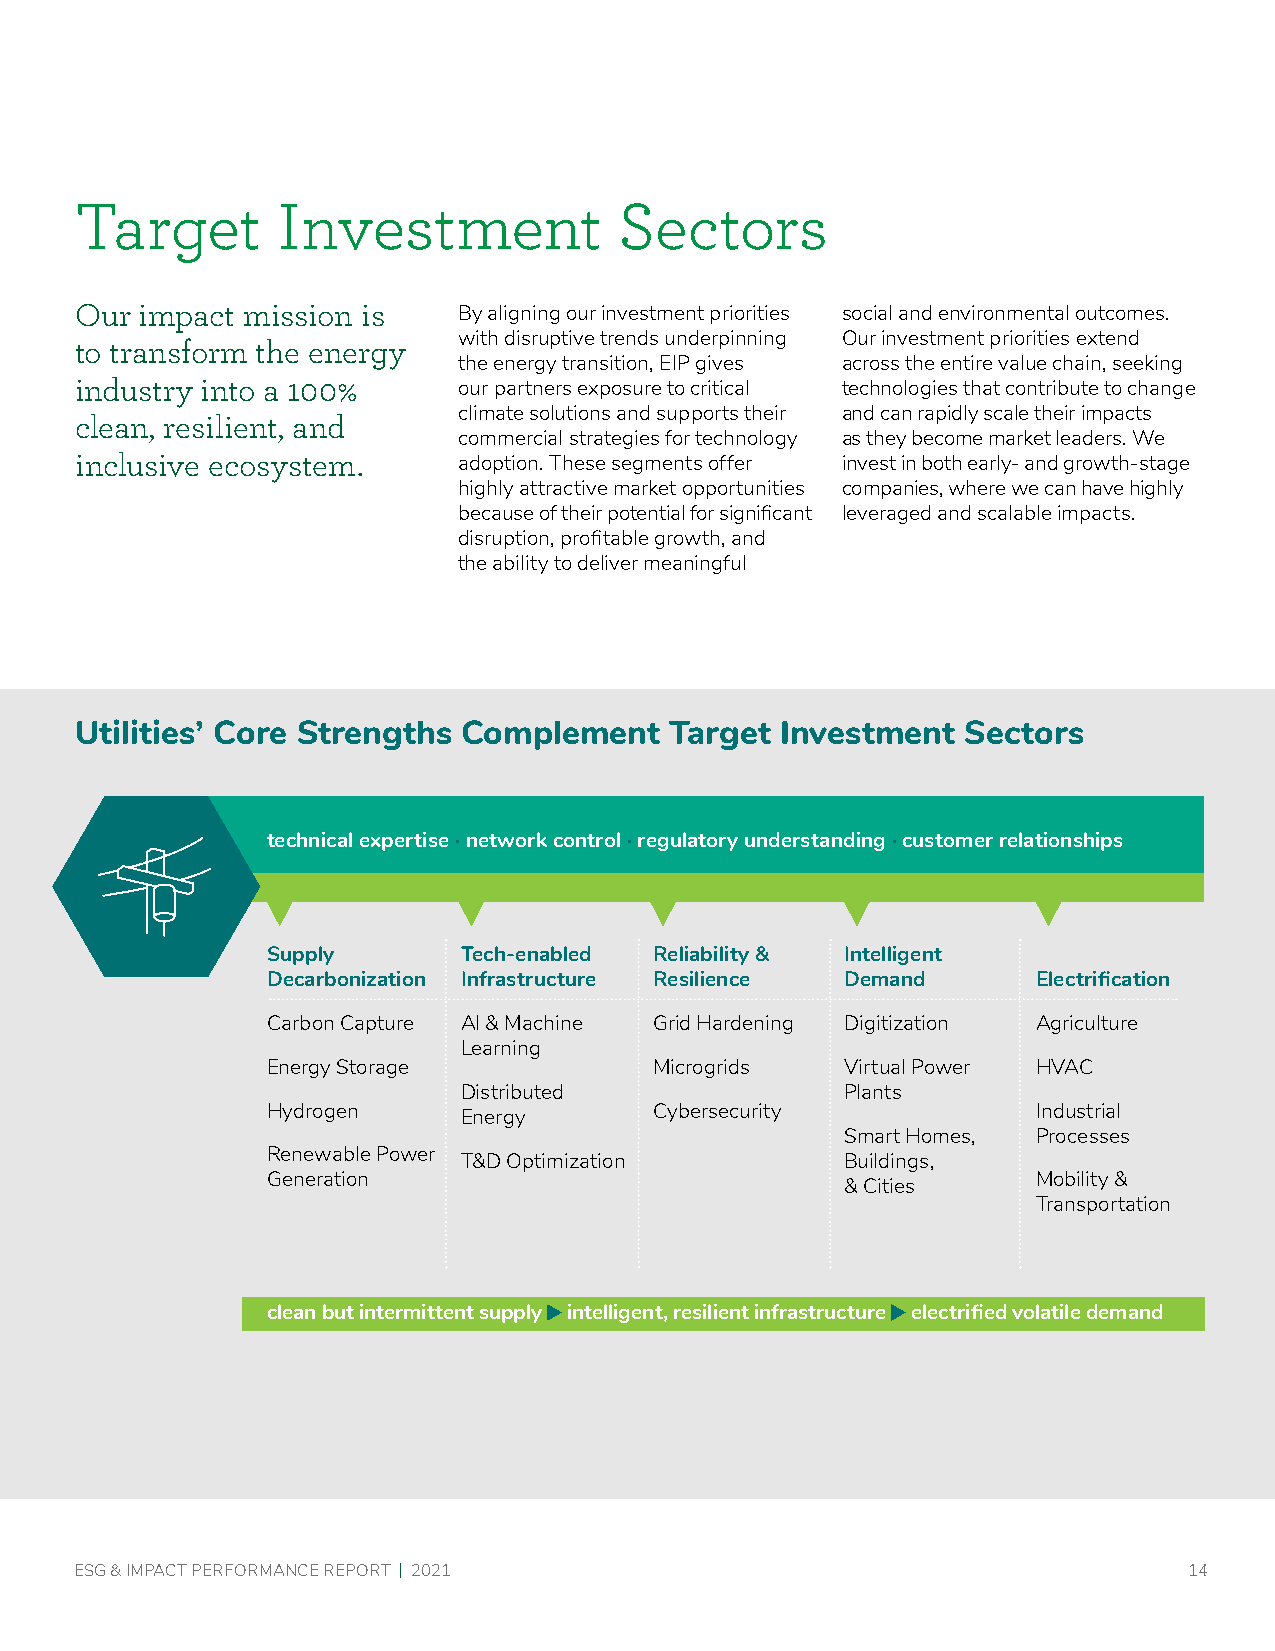
Target       Investment             Sectors
 Our impact mission is    By aligning our investment priorities social and environmental outcomes.
 with disruptive trends underpinning Our investment priorities extend
 to transform the energy
 the energy transition, EIP gives across the entire value chain, seeking
 industry into a 100%     our partners exposure to critical technologies that contribute to change
 climate solutions and supports their and can rapidly scale their impacts
 clean, resilient, and
 commercial strategies for technology as they become market leaders. We
 inclusive ecosystem.     adoption. These segments offer invest in both early- and growth-stage
 highly attractive market opportunities companies, where we can have highly
 because of their potential for significant leveraged and scalable impacts.
 disruption, profitable growth, and
 the ability to deliver meaningful
 Utilities’ Core Strengths Complement   Target  Investment  Sectors
 technical expertise · network control · regulatory understanding · customer relationships
 Supply      Tech-enabled Reliability & Intelligent
 Decarbonization Infrastructure Resilience Demand   Electrification
 Carbon Capture AI & Machine Grid Hardening Digitization Agriculture
 Learning
 Energy Storage           Microgrids   Virtual Power HVAC
 Distributed               Plants
 Hydrogen    Energy       Cybersecurity             Industrial
 Smart Homes, Processes
 Renewable Power T&D Optimization      Buildings,
 Generation                            & Cities     Mobility &
 Transportation
 clean but intermittent supply intelligent, resilient infrastructure electrified volatile demand
 ESG & IMPACT PERFORMANCE REPORT | 2021                                    14